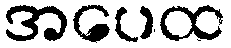
အပေထ